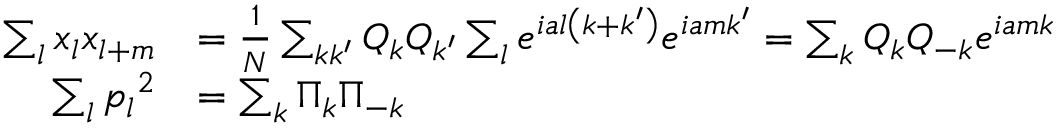
{ \begin{array} { r l } { \sum _ { l } x _ { l } x _ { l + m } } & { = { \frac { 1 } { N } } \sum _ { k k ^ { \prime } } Q _ { k } Q _ { k ^ { \prime } } \sum _ { l } e ^ { i a l \left( k + k ^ { \prime } \right) } e ^ { i a m k ^ { \prime } } = \sum _ { k } Q _ { k } Q _ { - k } e ^ { i a m k } } \\ { \sum _ { l } { p _ { l } } ^ { 2 } } & { = \sum _ { k } \Pi _ { k } \Pi _ { - k } } \end{array} }